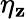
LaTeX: \eta_{\mathbf{z}}